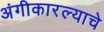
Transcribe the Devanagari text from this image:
अंगीकारल्याचे